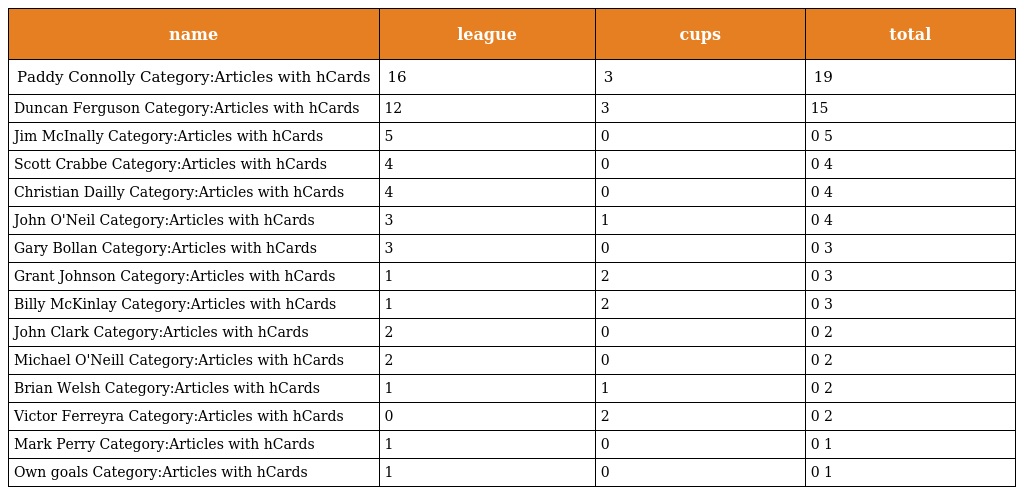
| name | league | cups | total |
 | --- | --- | --- | --- |
 | Paddy Connolly Category:Articles with hCards | 16 | 3 | 19 |
 | Duncan Ferguson Category:Articles with hCards | 12 | 3 | 15 |
 | Jim McInally Category:Articles with hCards | 5 | 0 | 0 5 |
 | Scott Crabbe Category:Articles with hCards | 4 | 0 | 0 4 |
 | Christian Dailly Category:Articles with hCards | 4 | 0 | 0 4 |
 | John O'Neil Category:Articles with hCards | 3 | 1 | 0 4 |
 | Gary Bollan Category:Articles with hCards | 3 | 0 | 0 3 |
 | Grant Johnson Category:Articles with hCards | 1 | 2 | 0 3 |
 | Billy McKinlay Category:Articles with hCards | 1 | 2 | 0 3 |
 | John Clark Category:Articles with hCards | 2 | 0 | 0 2 |
 | Michael O'Neill Category:Articles with hCards | 2 | 0 | 0 2 |
 | Brian Welsh Category:Articles with hCards | 1 | 1 | 0 2 |
 | Victor Ferreyra Category:Articles with hCards | 0 | 2 | 0 2 |
 | Mark Perry Category:Articles with hCards | 1 | 0 | 0 1 |
 | Own goals Category:Articles with hCards | 1 | 0 | 0 1 |